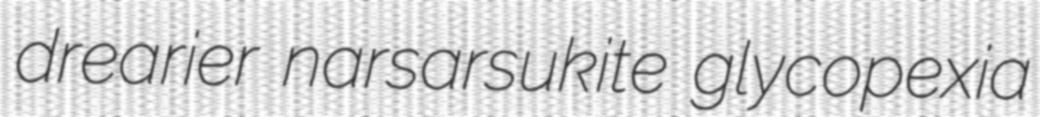
drearier narsarsukite glycopexia